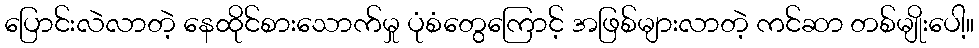
ပြောင်းလဲလာတဲ့ နေထိုင်စားသောက်မှု ပုံစံတွေကြောင့် အဖြစ်များလာတဲ့ ကင်ဆာ တစ်မျိုးပေါ့။